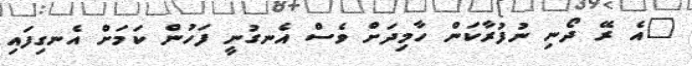
"އެ ރޭ ދޯނި ނުފުރާކަން ހާމިދަށް ވެސް އެނގުނީ ފަހުން ކަމަށް އެނގިފައި